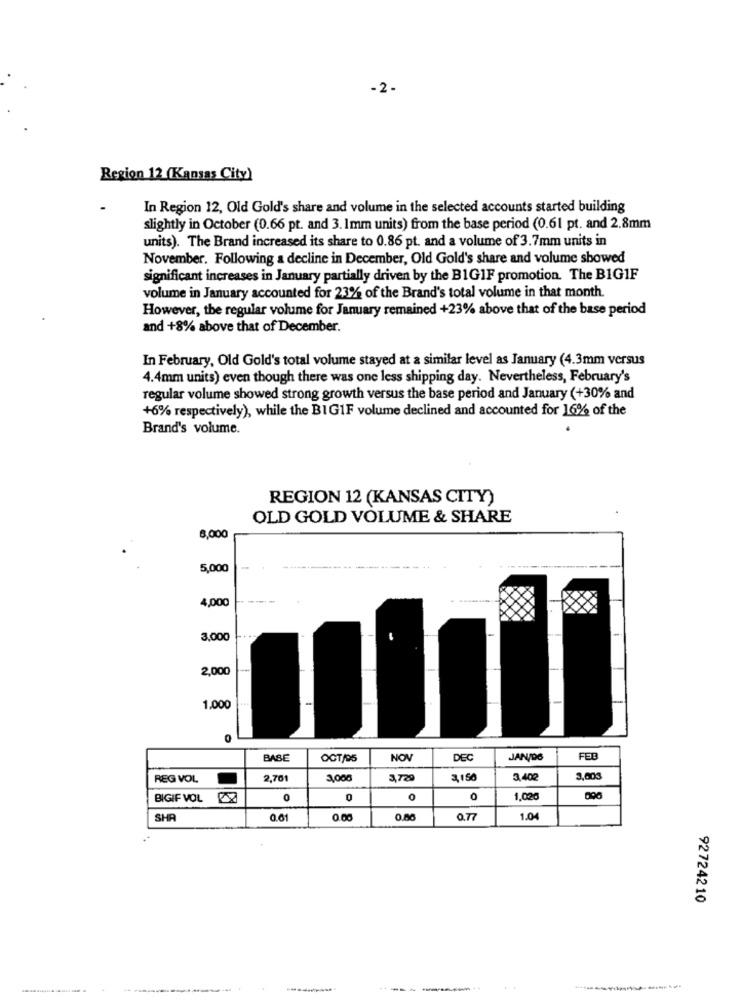
-2.
Region 12 (Kansas City)
In Region 12, Old Gold's share and volume in the selected accounts started building
slightly in October (0.66 pt. and 3. Imm units) from the base period (0.61 pt. and 2.8mm
units). The Brand increased its share to 0.86 pt. and a volume of 3.7mm units in
November. Following a decline in December, Old Gold's share and volume showed
significant increases in January partially driven by the BIG1F promotion. The BIG1F
volume in January accounted for 23% of the Brand's total volume in that month.
However, the regular volume for January remained +23% above that of the base period
and +8% above that of December.
In February, Old Gold's total volume stayed at a similar level as January (4.3mm versus
4.4mm units) even though there was one less shipping day. Nevertheless, February's
regular volume showed strong growth versus the base period and January (+30% and
+6% respectively), while the BIG1F volume declined and accounted for 16% of the
Brand's volume.
REGION 12 (KANSAS CITY)
OLD GOLD VOLUME & SHARE
8,000
5,000
4,000
3,000
2,000
-
1,000
BASE
OCT/95
NOV
DEC
JAN/DS
FEB
REG VOL
2,761
3,000
3,729
3,150
3,402
3,003
BIGIF VOL Z
0
0
0
0
1,020
SHR
0.61
0.00
0.77
1.0
92724210